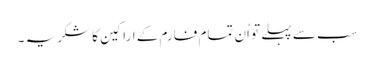
سب سے پہلے تو اُن تمام فارم کے اراکین کا شکریہ ۔